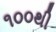
૧૦૦થી